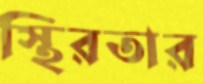
স্থিরতার